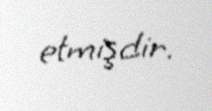
etmişdir.